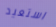
استعيد